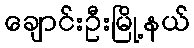
ချောင်းဦးမြို့နယ်